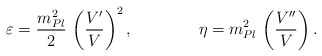
\begin{align*}\varepsilon = {m_{Pl}^2\over 2}\,\left({V'\over V}\right)^2,\qquad\qquad\eta = m_{Pl}^2\,\left({V''\over V}\right).\end{align*}